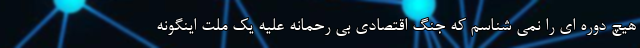
هیچ دوره ای را نمی شناسم که جنگ اقتصادی بی رحمانه علیه یک ملت اینگونه